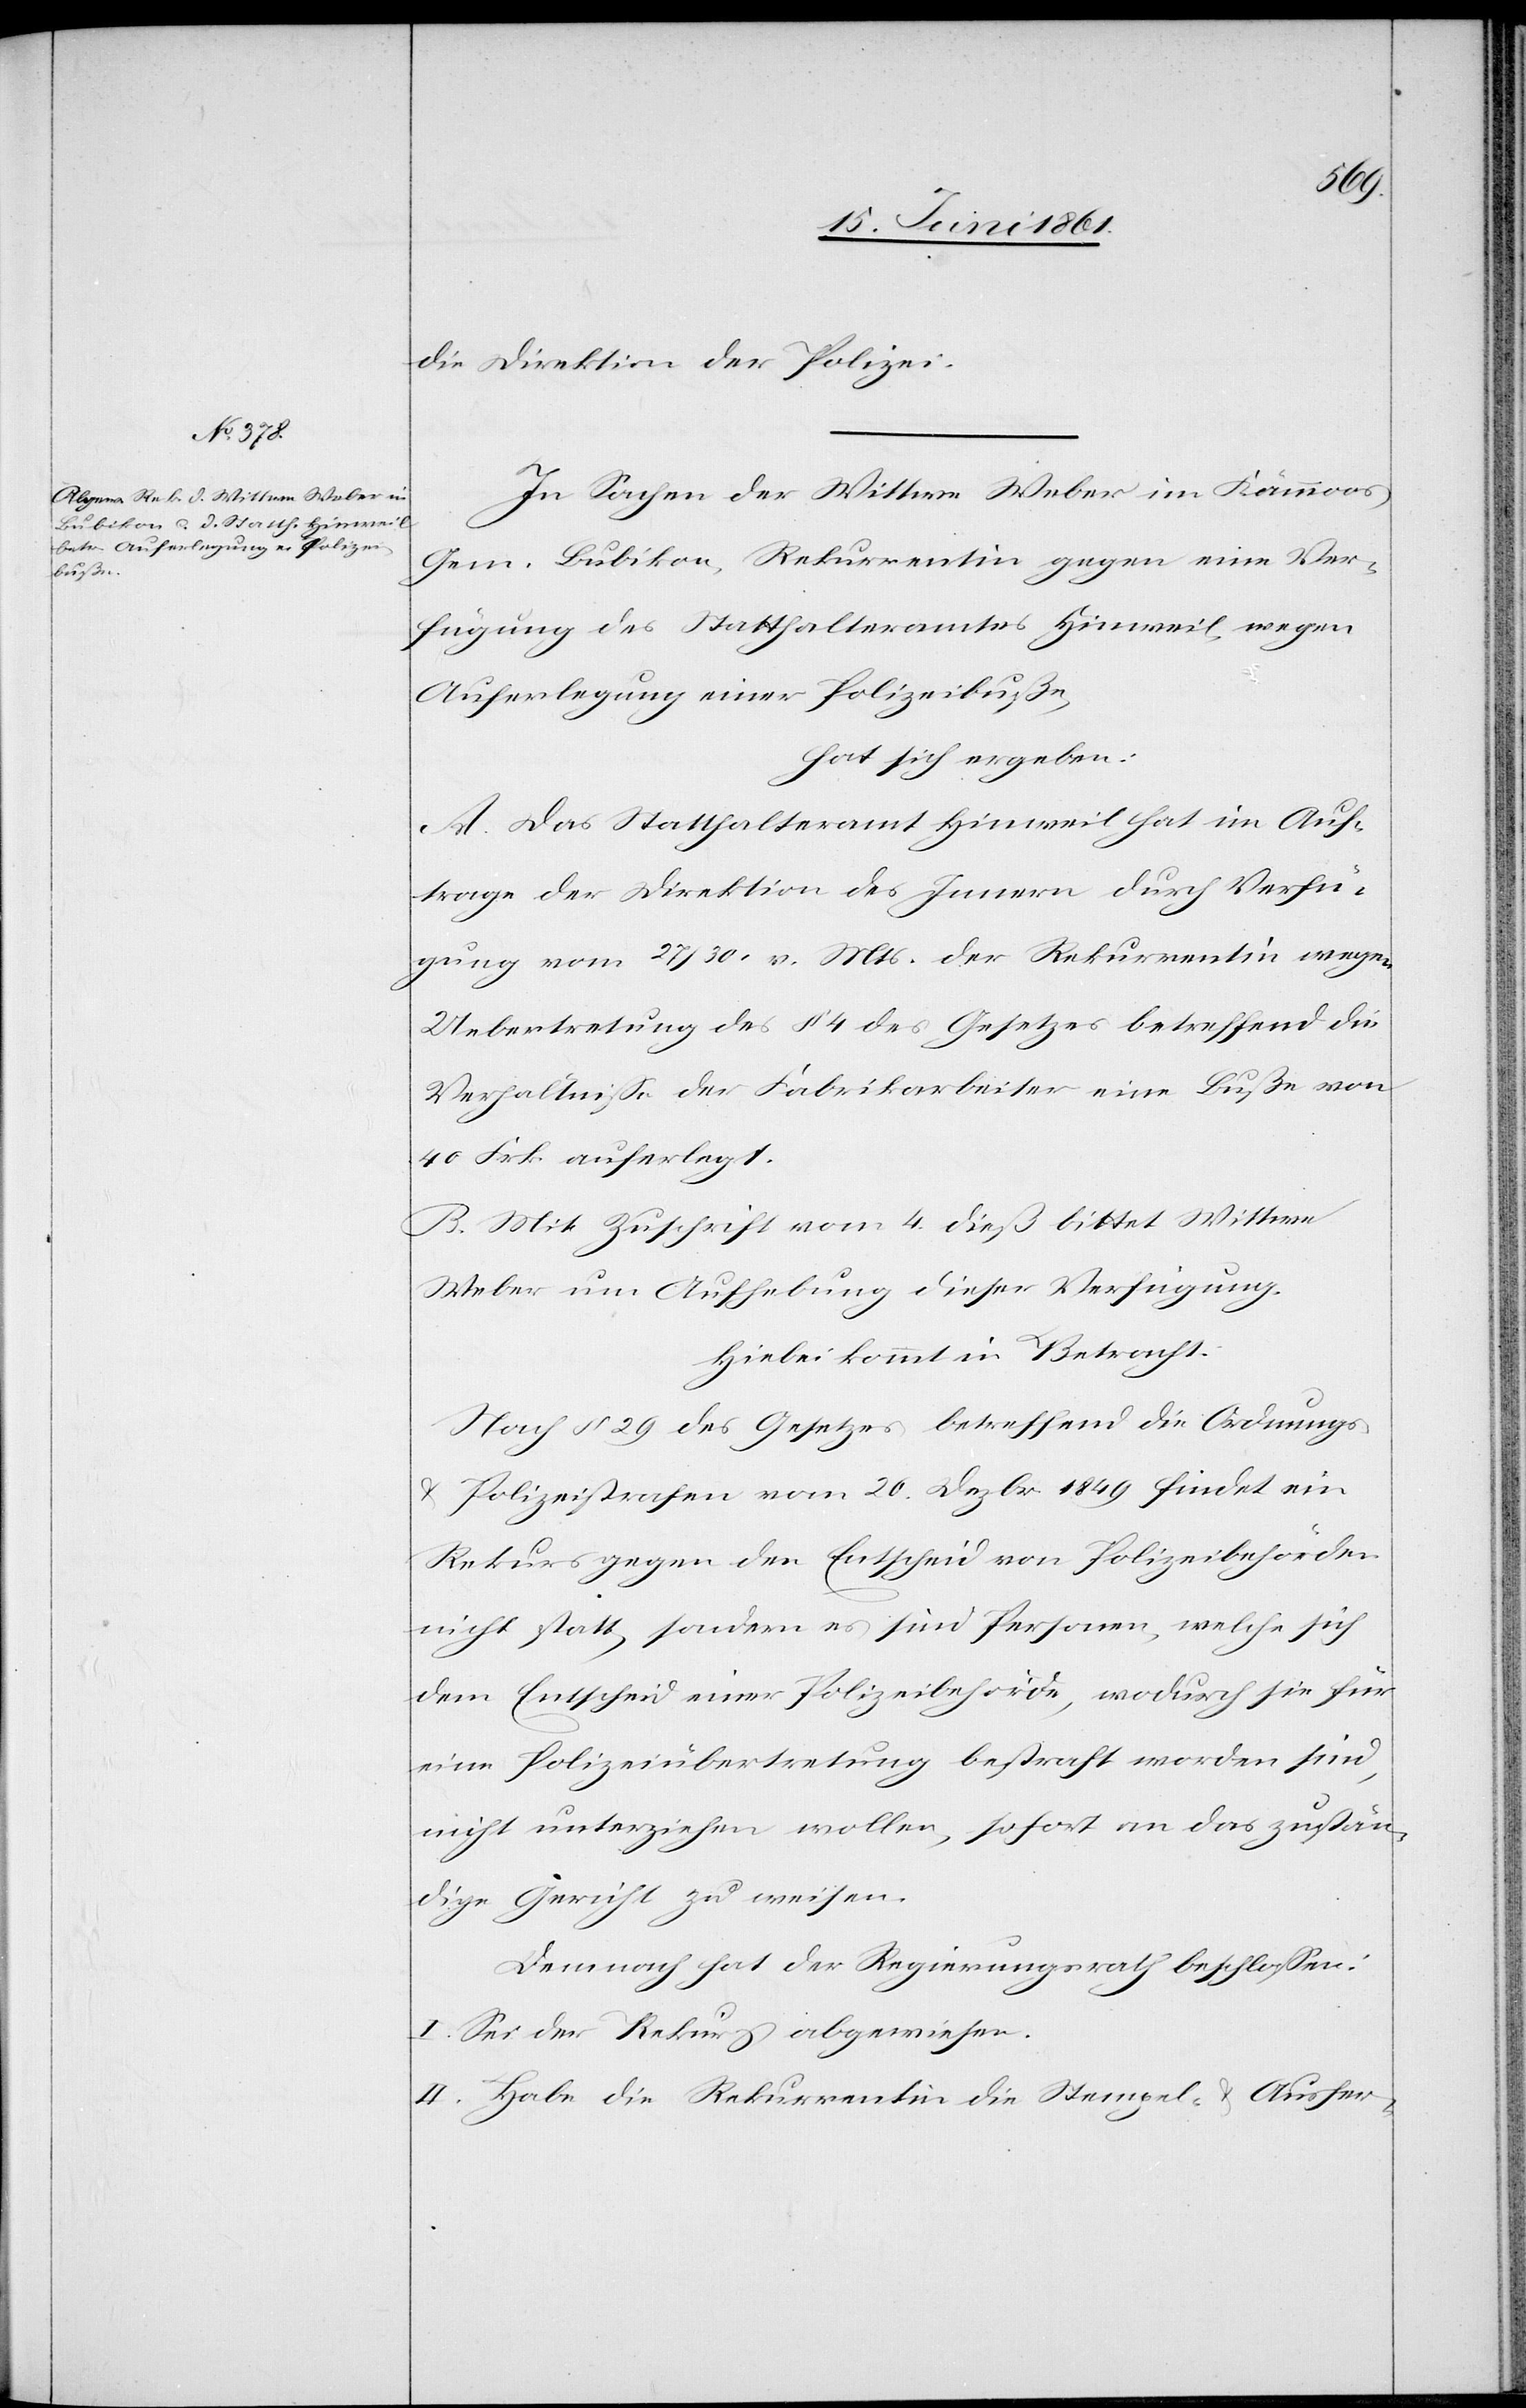
die Direktion der Polizei.
In Sachen der Wittwe Weber im Kämmoos
Gem. Bubikon, Rekurrentin gegen eine Ver¬
fügung des Statthalteramtes Hinweil, wegen
Auferlegung einer Polizeibuße,
hat sich ergeben:
A. Das Statthalteramt Hinweil hat im Auf¬
trage der Direktion des Innern durch Verfü¬
gung vom 27 / 30. v. Mts. der Rekurrentin wegen
Uebertretung des § 4 des Gesetzes betreffend die
Verhältnisse der Fabrikarbeiter eine Buße von
40 Frk. auferlegt.
B. Mit Zuschrift vom 4. dieß bittet Wittwe
Weber um Aufhebung dieser Verfügung.
Hiebei kommt in Betracht:
Nach § 29 des Gesetzes betreffend die Ordnungs-
u. Polizeistrafen vom 20. Dezbr. 1849 findet ein
Rekurs gegen den Entscheid von Polizeibehörden
nicht statt, sondern es sind Personen, welche sich
dem Entscheid einer Polizeibehörde, wodurch sie für
eine Polizeiübertretung bestraft worden sind,
nicht unterziehen wollen, sofort an das zustän¬
dige Gericht zu weisen.
Demnach hat der Regierungsrath beschlossen:
I. Sei der Rekurs abgewiesen.
II. Habe die Rekurrentin die Stempel- u. Ausfer-